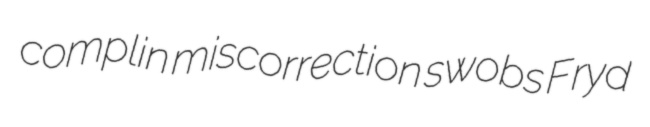
complin miscorrection swobs Fryd